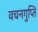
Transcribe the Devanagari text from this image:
वचनगुप्ति